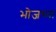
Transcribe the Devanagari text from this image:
भोजच्या